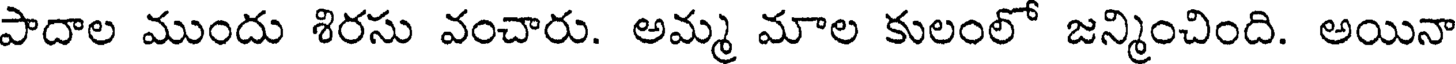
పాదాల ముందు శిరసు వంచారు. అమ్మ మాల కులంలో జన్మించింది. అయినా